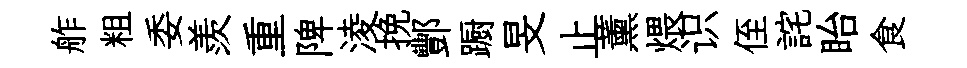
舴粗委羨重陴淩挽酆蹰旻止薰煨识侄詫眙食